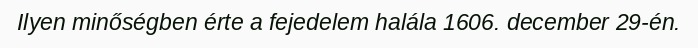
Ilyen minőségben érte a fejedelem halála 1606. december 29-én.